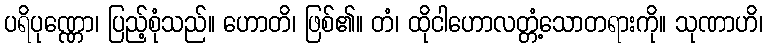
ပရိပုဏ္ဏော၊ ပြည့်စုံသည်။ ဟောတိ၊ ဖြစ်၏။ တံ၊ ထိုငါဟောလတ္တံ့သောတရားကို။ သုဏာဟိ၊